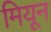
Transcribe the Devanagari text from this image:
मियून